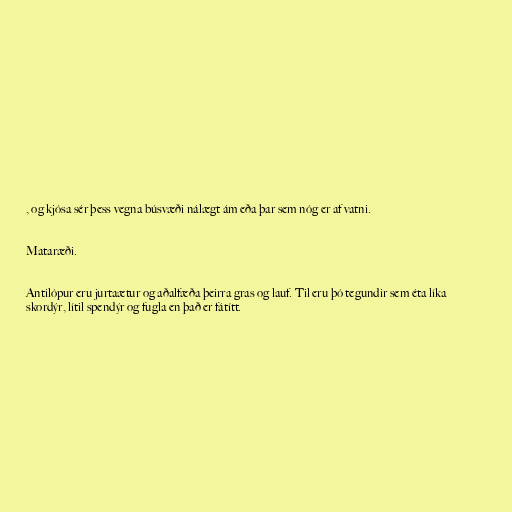
, og kjósa sér þess vegna búsvæði nálægt ám eða þar sem nóg er af vatni.

Mataræði.

Antilópur eru jurtaætur og aðalfæða þeirra gras og lauf. Til eru þó tegundir sem éta líka
skordýr, lítil spendýr og fugla en það er fátítt.